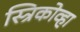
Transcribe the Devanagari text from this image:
स्त्रिकोव्हा